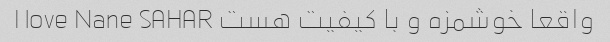
واقعا خوشمزه و با کیفیت هست I love Nane SAHAR